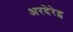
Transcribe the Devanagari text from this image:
अरदेरेइ